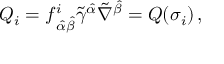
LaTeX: Q _ { i } = f _ { \, \hat { \alpha } \hat { \beta } } ^ { i } \tilde { \gamma } ^ { \hat { \alpha } } \tilde { \nabla } ^ { \hat { \beta } } = { \cal Q } ( \sigma _ { i } ) \, ,